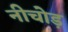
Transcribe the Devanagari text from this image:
नीचोड़